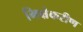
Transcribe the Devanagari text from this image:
भिक्षेकरीण